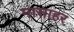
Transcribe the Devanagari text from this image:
मासाहर